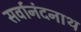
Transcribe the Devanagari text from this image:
सर्वानंदनाथ